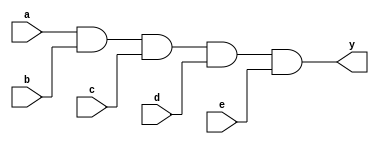
module xup_and5 #(parameter DELAY=3)(
    input a,
    input b,
    input c,
    input d,
    input e,
    output y
    );
    
    and #DELAY(y,a,b,c,d,e);
    
endmodule